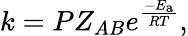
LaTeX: k=PZ_{AB}e^{\frac{-E_{\mathrm{{a}}}}{RT}},